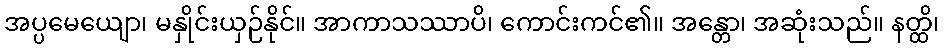
အပ္ပမေယျော၊ မနှိုင်းယှဉ်နိုင်။ အာကာသဿာပိ၊ ကောင်းကင်၏။ အန္တော၊ အဆုံးသည်။ နတ္ထိ၊